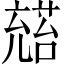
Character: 𪞅